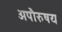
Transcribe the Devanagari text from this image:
अपौरुषय